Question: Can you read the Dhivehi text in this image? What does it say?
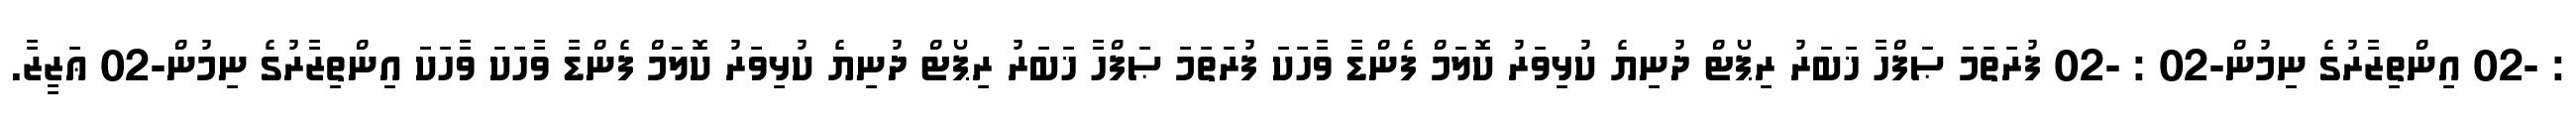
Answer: : -02 އިންތިޒާރުގެ ނިމުން-02 : -02 ފުރަތަމަ ޞަފްހާ ޚަބަރު ރިޕޯޓް ދުނިޔެ ކުޅިވަރު ކޮލަމް ފެންޑާ ވާހަކަ ފުރަތަމަ ޞަފްހާ ޚަބަރު ރިޕޯޓް ދުނިޔެ ކުޅިވަރު ކޮލަމް ފެންޑާ ވާހަކަ ވާހަކަ އިންތިޒާރުގެ ނިމުން-02 ޢަޒީޒާ.